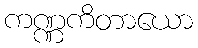
ကဏ္ဏကိတာယော